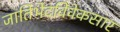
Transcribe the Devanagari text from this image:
जातिभेदविवेकसार